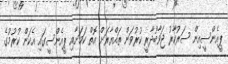
ޕީއެންސީއިން ސަރުކާރު ޖަވާބުދާރީ ކުރުވަން ތައްޔާރަށް އޮތް ކަމަށާއި ޕީއެންސީގައި އެކަން ކުރުމުގެ